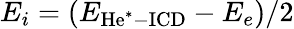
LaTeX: E_{i}=(E_{\mathrm{He^{*}-ICD}}-E_{e})/2